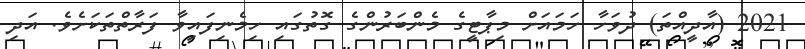
2021 (އާދީއްތަ) ދުވަހާ ހަމައަށް މިޕާޓީގެ މެންބަރުންގެ ގޮތުގައި ހިމެނިފައިވާ ފަރާތްތަކަށެވެ. އަދި